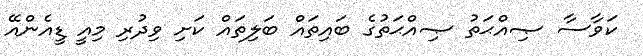
ކަވާސާ ޞިއްޙަތު ޞިއްޙަތުގެ ބައިތައް ބަލިތައް ކަށި ވިދުރި މިއީ ޑީއެންއޭ